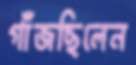
গাঁজছিলেন